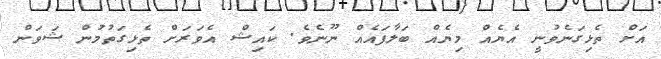
އަށް ތެޅިގަނެވުނީ އެޔެއް މިޔެއް ބަލާފައެއް ނޫނެވެ. ކައިޝް އެވަރަށް ތެޅިގަތުމުން ޝަވަން